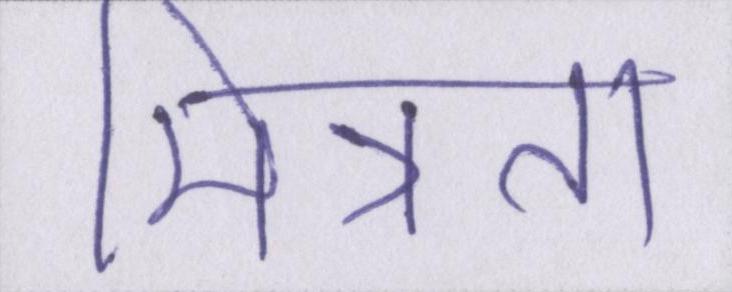
मित्रता